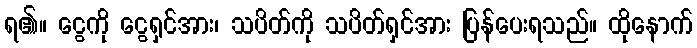
ရ၏။ ငွေကို ငွေရှင်အား၊ သပိတ်ကို သပိတ်ရှင်အား ပြန်ပေးရသည်။ ထိုနောက်